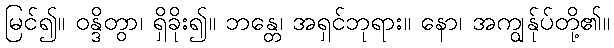
မြင်၍။ ဝန္ဒိတွာ၊ ရှိခိုး၍။ ဘန္တေ၊ အရှင်ဘုရား။ နော၊ အကျွန်ုပ်တို့၏။